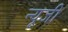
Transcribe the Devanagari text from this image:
न्यूजी